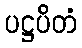
ပဋ္ဌပိတံ